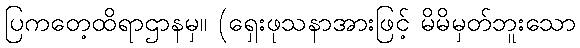
ပြကတေ့ထိရာဌာနမှ။ (ရှေးဖုသနာအားဖြင့် မိမိမှတ်ဘူးသော